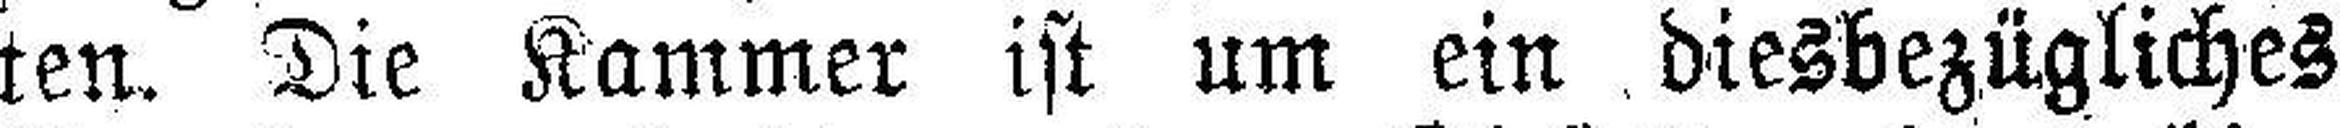
ten. Die Kammer ist um ein diesbezügliches